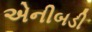
એનીબડી